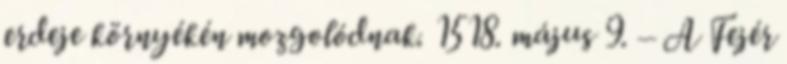
erdeje környékén mozgolódnak. 1518. május 9. – A Fejér